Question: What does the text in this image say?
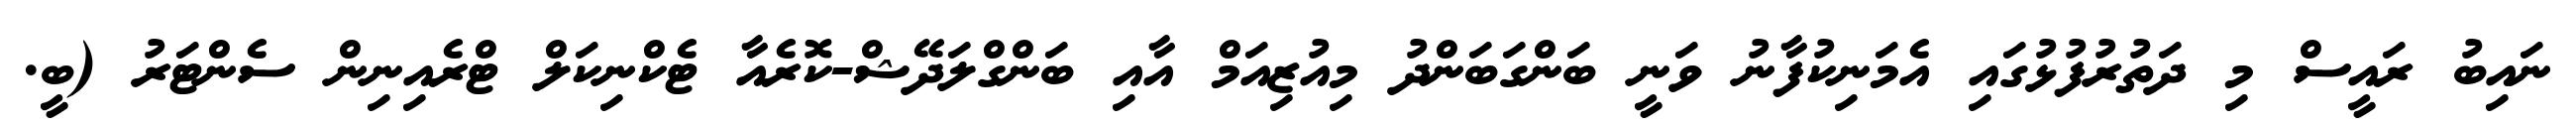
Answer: ނައިބު ރައީސް މި ދަތުރުފުޅުގައި އެމަނިކުފާނު ވަނީ ބަންގަބަންދު މިއުޒިއަމް އާއި ބަންގްލަދޭޝް-ކޮރެއާ ޓެކްނިކަލް ޓްރެއިނިން ސެންޓަރު (ބީ.